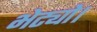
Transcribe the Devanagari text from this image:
भेट्यो।